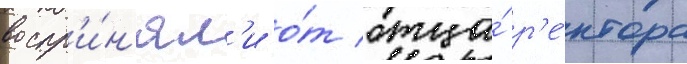
воспр'и́н'ял'и о́т отца́ р'е́ктора